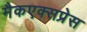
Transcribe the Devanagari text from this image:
मैकएक्सप्रेस